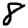
Digit: 8